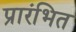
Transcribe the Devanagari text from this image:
प्रारंभित